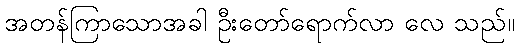
အတန်ကြာသောအခါ ဦးတော်ရောက်လာ လေ သည်။